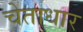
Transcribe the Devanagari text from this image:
चेताधार